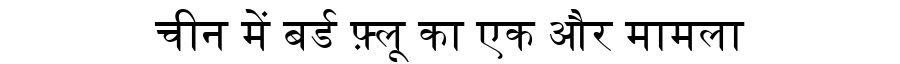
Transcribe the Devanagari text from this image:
चीन में बर्ड फ़्लू का एक और मामला